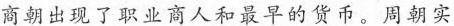
商朝出现了职业商人和最早的货币。周朝实